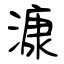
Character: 漮